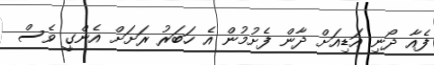
ފެއާ ދޯނި އަޑިއަށް ދާން ފެށުމުން އެ ހަބަރު ރަށަށް އެންގީ ވެސް